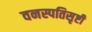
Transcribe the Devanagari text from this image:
वनस्पतिसृष्टी